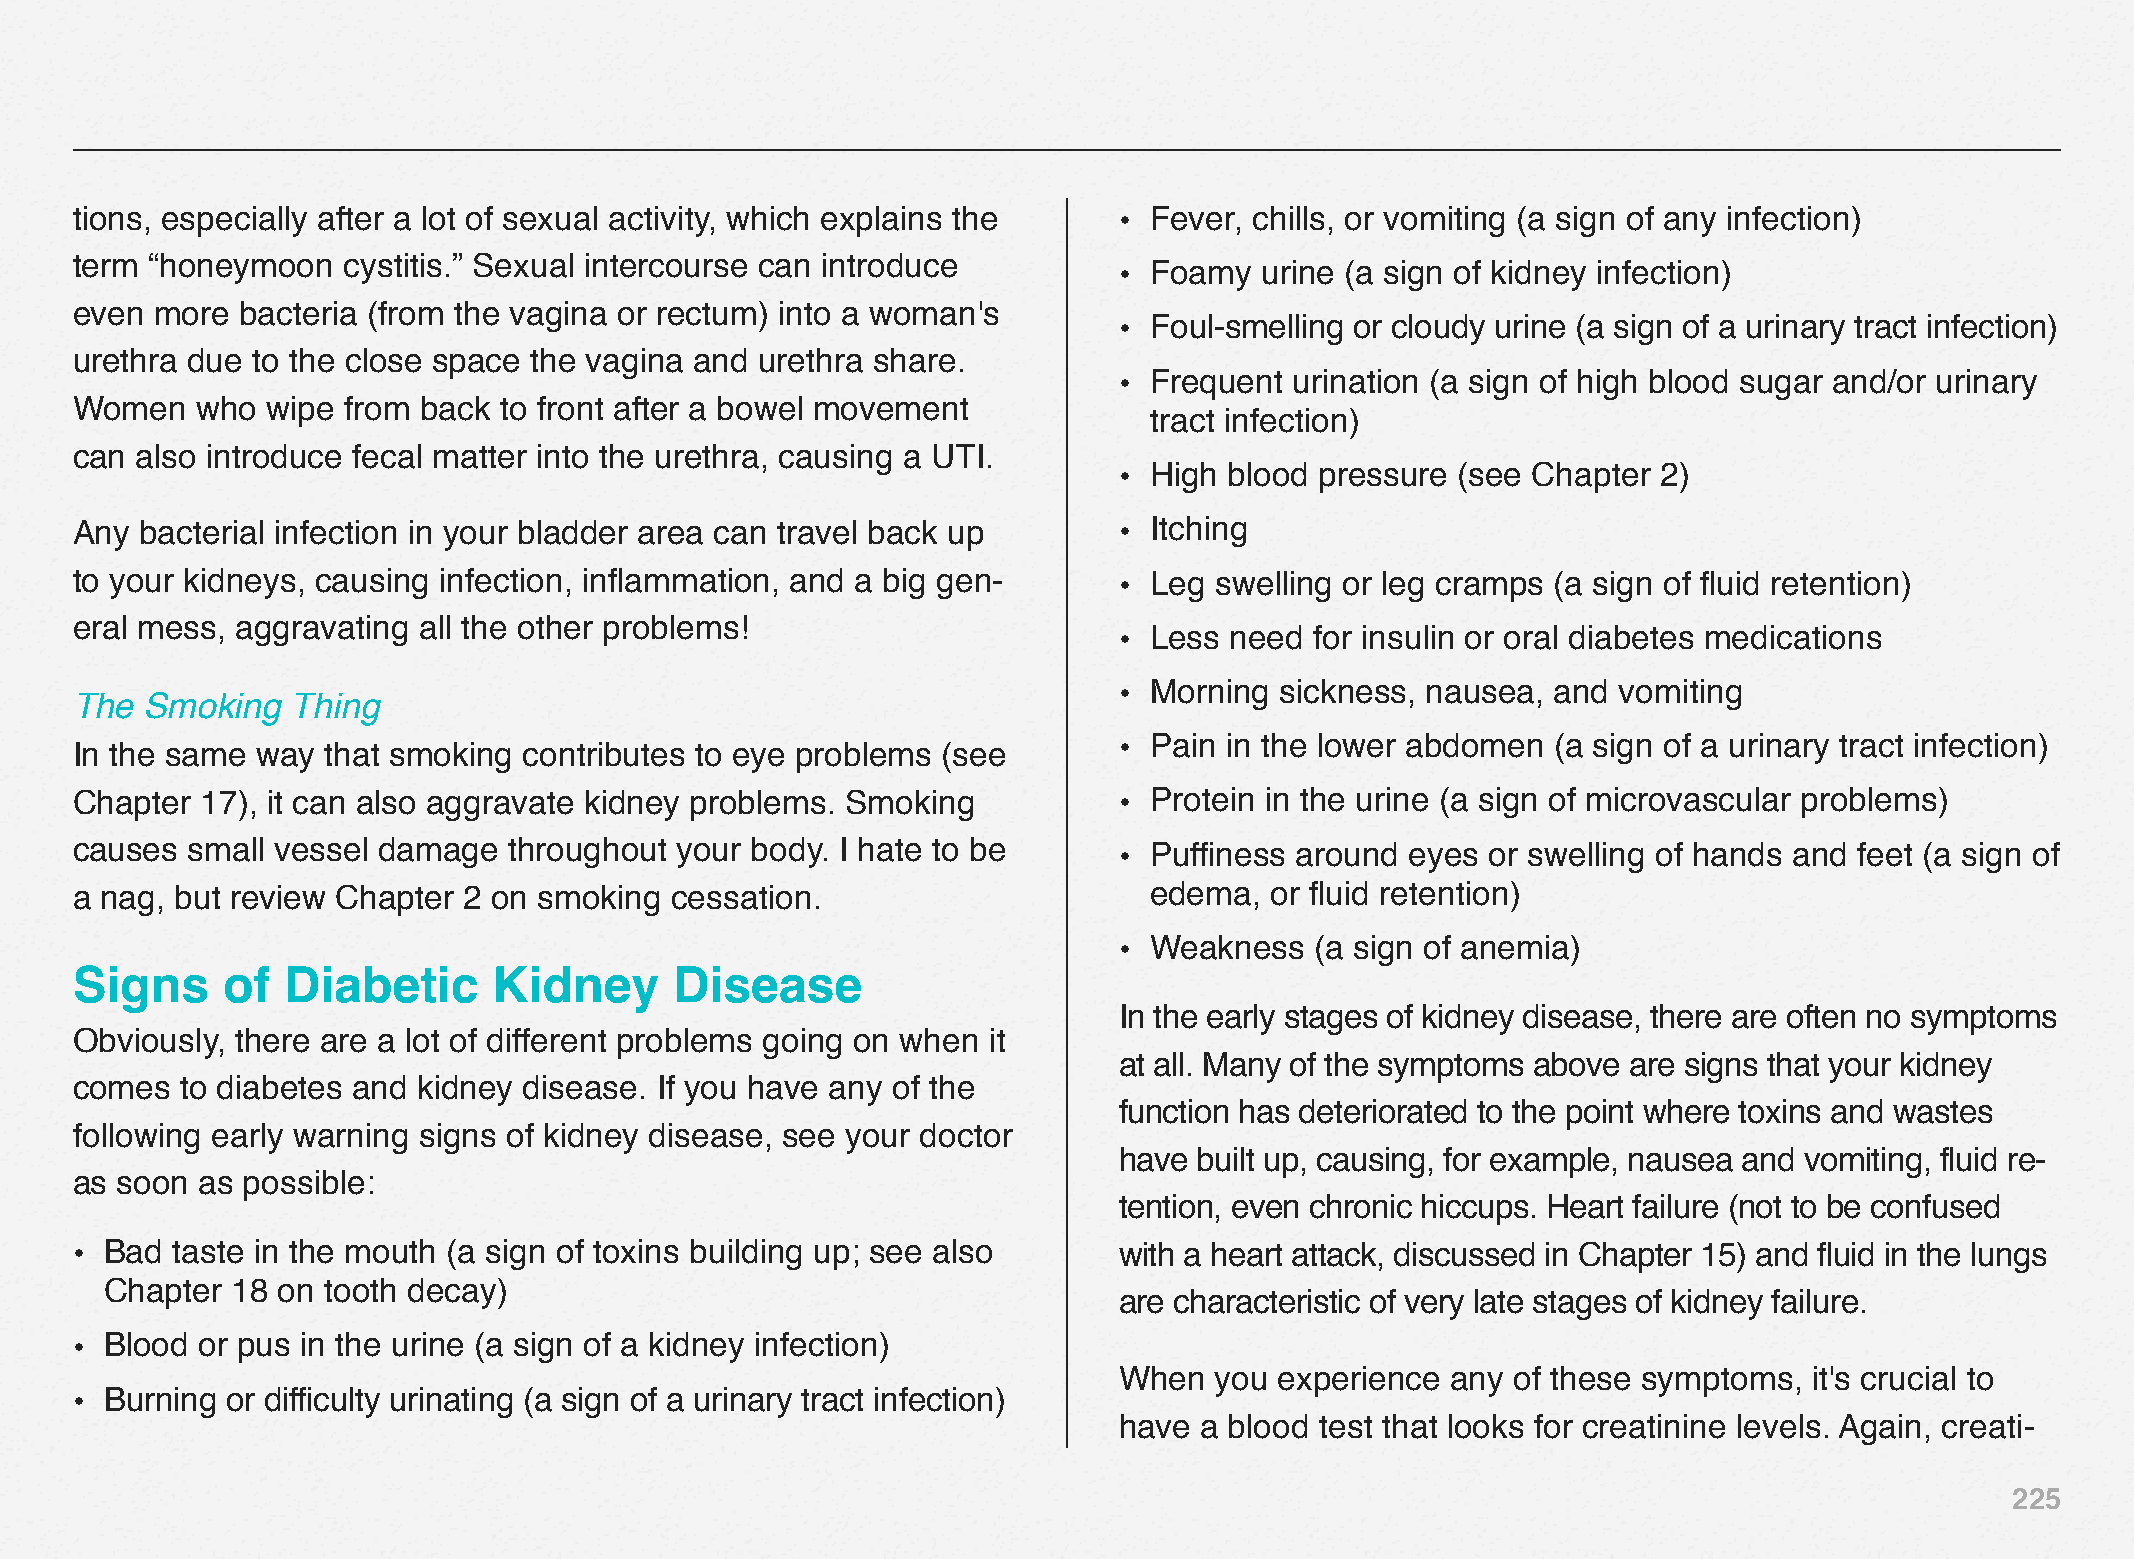
tions, especially after a lot of sexual activity, which explains the • Fever, chills, or vomiting (a sign of any infection)
 term “honeymoon   cystitis.” Sexual intercourse can introduce
 • Foamy  urine (a sign of kidney infection)
 even more  bacteria (from the vagina or rectum) into a woman's
 • Foul-smelling or cloudy urine (a sign of a urinary tract infection)
 urethra due to the close space the vagina and urethra share.
 • Frequent  urination (a sign of high blood sugar and/or urinary
 Women   who  wipe from back to front after a bowel movement
 tract infection)
 can also introduce fecal matter into the urethra, causing a UTI.
 • High blood pressure  (see Chapter 2)
 Any bacterial infection in your bladder area can travel back up      • Itching
 to your kidneys, causing infection, inflammation, and a big gen-     • Leg swelling or leg cramps (a sign of fluid retention)
 eral mess, aggravating all the other problems!
 • Less need  for insulin or oral diabetes medications
 • Morning  sickness, nausea, and vomiting
 The  Smoking  Thing
 • Pain in the lower abdomen  (a sign of a urinary tract infection)
 In the same way  that smoking contributes to eye problems (see
 Chapter 17), it can also aggravate kidney problems. Smoking          • Protein in the urine (a sign of microvascular problems)
 causes small vessel damage   throughout your body. I hate to be      • Puffiness around eyes  or swelling of hands and feet (a sign of
 a nag, but review Chapter 2 on smoking cessation.                      edema,  or fluid retention)
 • Weakness   (a sign of anemia)
 Signs     of  Diabetic      Kidney      Disease
 In the early stages of kidney disease, there are often no symptoms
 Obviously, there are a lot of different problems going on when it
 at all. Many of the symptoms above are signs that your kidney
 comes  to diabetes and kidney disease. If you have any of the
 function has deteriorated to the point where toxins and wastes
 following early warning signs of kidney disease, see your doctor
 have built up, causing, for example, nausea and vomiting, fluid re-
 as soon as possible:
 tention, even chronic hiccups. Heart failure (not to be confused
 • Bad taste in the mouth (a sign of toxins building up; see also     with a heart attack, discussed in Chapter 15) and fluid in the lungs
 Chapter 18 on tooth decay)
 are characteristic of very late stages of kidney failure.
 • Blood or pus in the urine (a sign of a kidney infection)
 When  you  experience any of these symptoms,  it's crucial to
 • Burning or difficulty urinating (a sign of a urinary tract infection)
 have a blood test that looks for creatinine levels. Again, creati-
 225